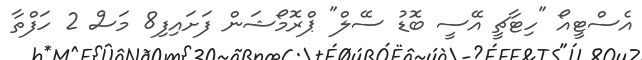
އެސްޓީއޯ "ހިޓާޗީ އޭސީ ބޮޑު ސޭލް" ޕްރޮމޯޝަން ފަށައިފި8 މަސް 2 ހަފްތާ